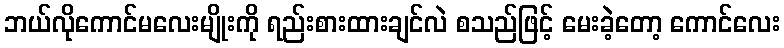
ဘယ်လိုကောင်မလေးမျိုးကို ရည်းစားထားချင်လဲ စသည်ဖြင့် မေးခဲ့တော့ ကောင်လေး